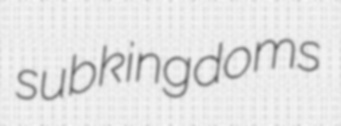
subkingdoms